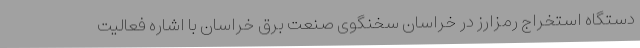
دستگاه استخراج رمزارز در خراسان سخنگوی صنعت برق خراسان با اشاره فعالیت